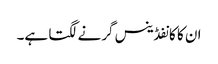
ان کا کانفڈینس گرنے لگتا ہے۔